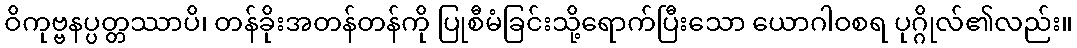
ဝိကုဗ္ဗနပ္ပတ္တဿာပိ၊ တန်ခိုးအတန်တန်ကို ပြုစီမံခြင်းသို့ရောက်ပြီးသော ယောဂါဝစရ ပုဂ္ဂိုလ်၏လည်း။